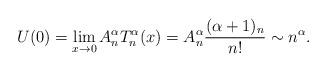
LaTeX: \begin{align*} U(0)=\lim_{x\to 0}A_n^{\alpha}T_n^{\alpha}(x)=A_n^{\alpha}\frac{(\alpha+1)_n}{n!}\sim n^{\alpha}. \end{align*}